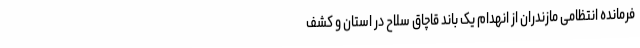
فرمانده انتظامی مازندران از انهدام یک باند قاچاق سلاح در استان و کشف